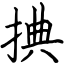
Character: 捵